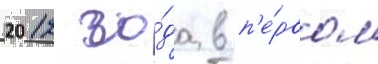
2012 го́да в п'е́рвом